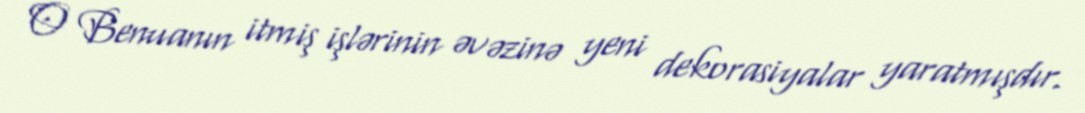
O Benuanın itmiş işlərinin əvəzinə yeni dekorasiyalar yaratmışdır.